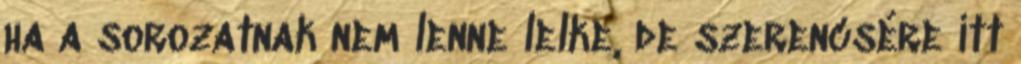
ha a sorozatnak nem lenne lelke, de szerencsére itt